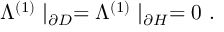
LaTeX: \Lambda ^ { ( 1 ) } \mid _ { \partial D } = \Lambda ^ { ( 1 ) } \mid _ { \partial H } = 0 \ .